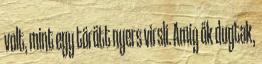
volt, mint egy törött nyers virsli. Amíg ők dugtak,